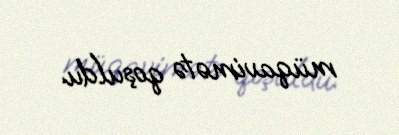
müqavimətə qoşuldu.